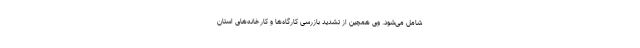
شامل می‌شود. وی همچین از تشدید بازرسی کارگاه‌ها و کارخانه‌های استان